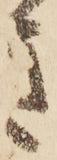
き